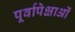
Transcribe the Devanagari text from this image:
पूर्वापेक्षाओं